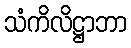
သံကိလိဋ္ဌာဘာ